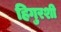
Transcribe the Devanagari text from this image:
हिगुरशी